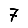
Digit: 7